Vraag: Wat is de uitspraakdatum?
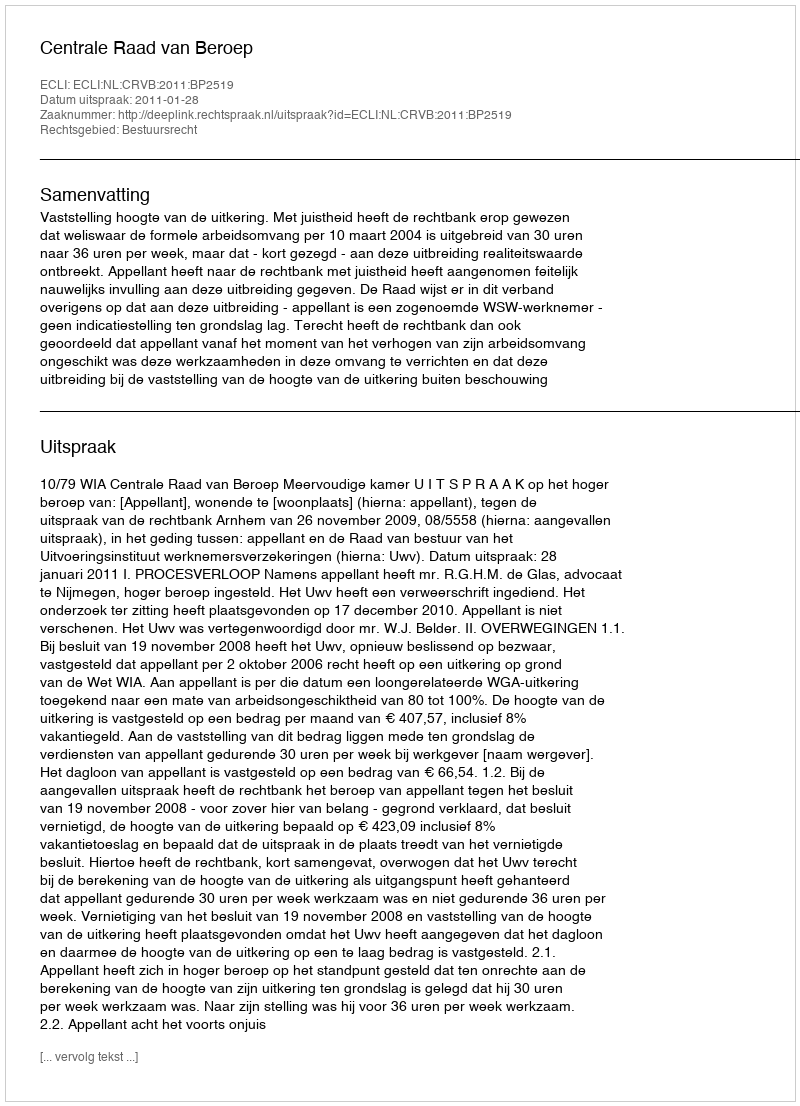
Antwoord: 2011-01-28